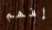
إفهم